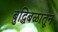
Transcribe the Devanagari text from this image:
बुद्धिबळातून